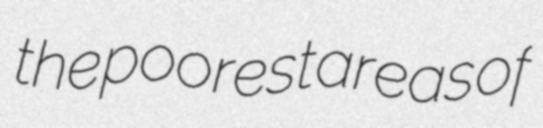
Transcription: the poorest areas of